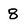
Character: 8